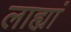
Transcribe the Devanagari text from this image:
लाह्यां